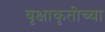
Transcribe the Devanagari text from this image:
वृक्षाकृतीच्या